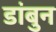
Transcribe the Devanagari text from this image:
डांबुन